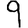
Digit: 9